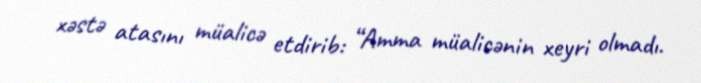
xəstə atasını müalicə etdirib: “Amma müalicənin xeyri olmadı.